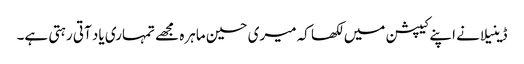
ڈینیلا نے اپنے کیپشن میں لکھا کہ میری حسین ماہرہ مجھے تمہاری یاد آتی رہتی ہے۔